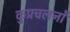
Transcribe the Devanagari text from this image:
कुप्रचलनों